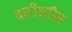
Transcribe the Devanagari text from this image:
वाटीवरील